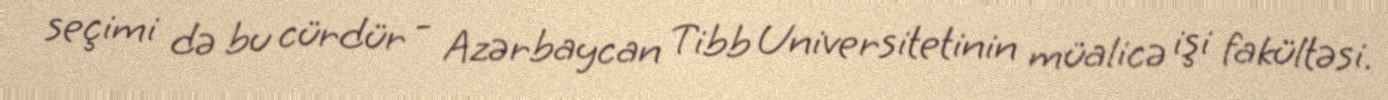
seçimi də bu cürdür - Azərbaycan Tibb Universitetinin müalicə işi fakültəsi.